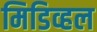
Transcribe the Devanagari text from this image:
मिडिव्हल